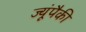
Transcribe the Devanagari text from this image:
ज्यूंपैकी